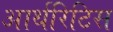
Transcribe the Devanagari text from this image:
आर्थरिटिस